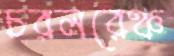
চরলরেঞ্চ